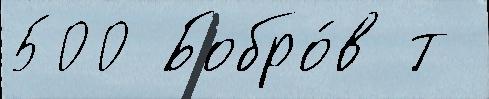
500 Бобро́в т